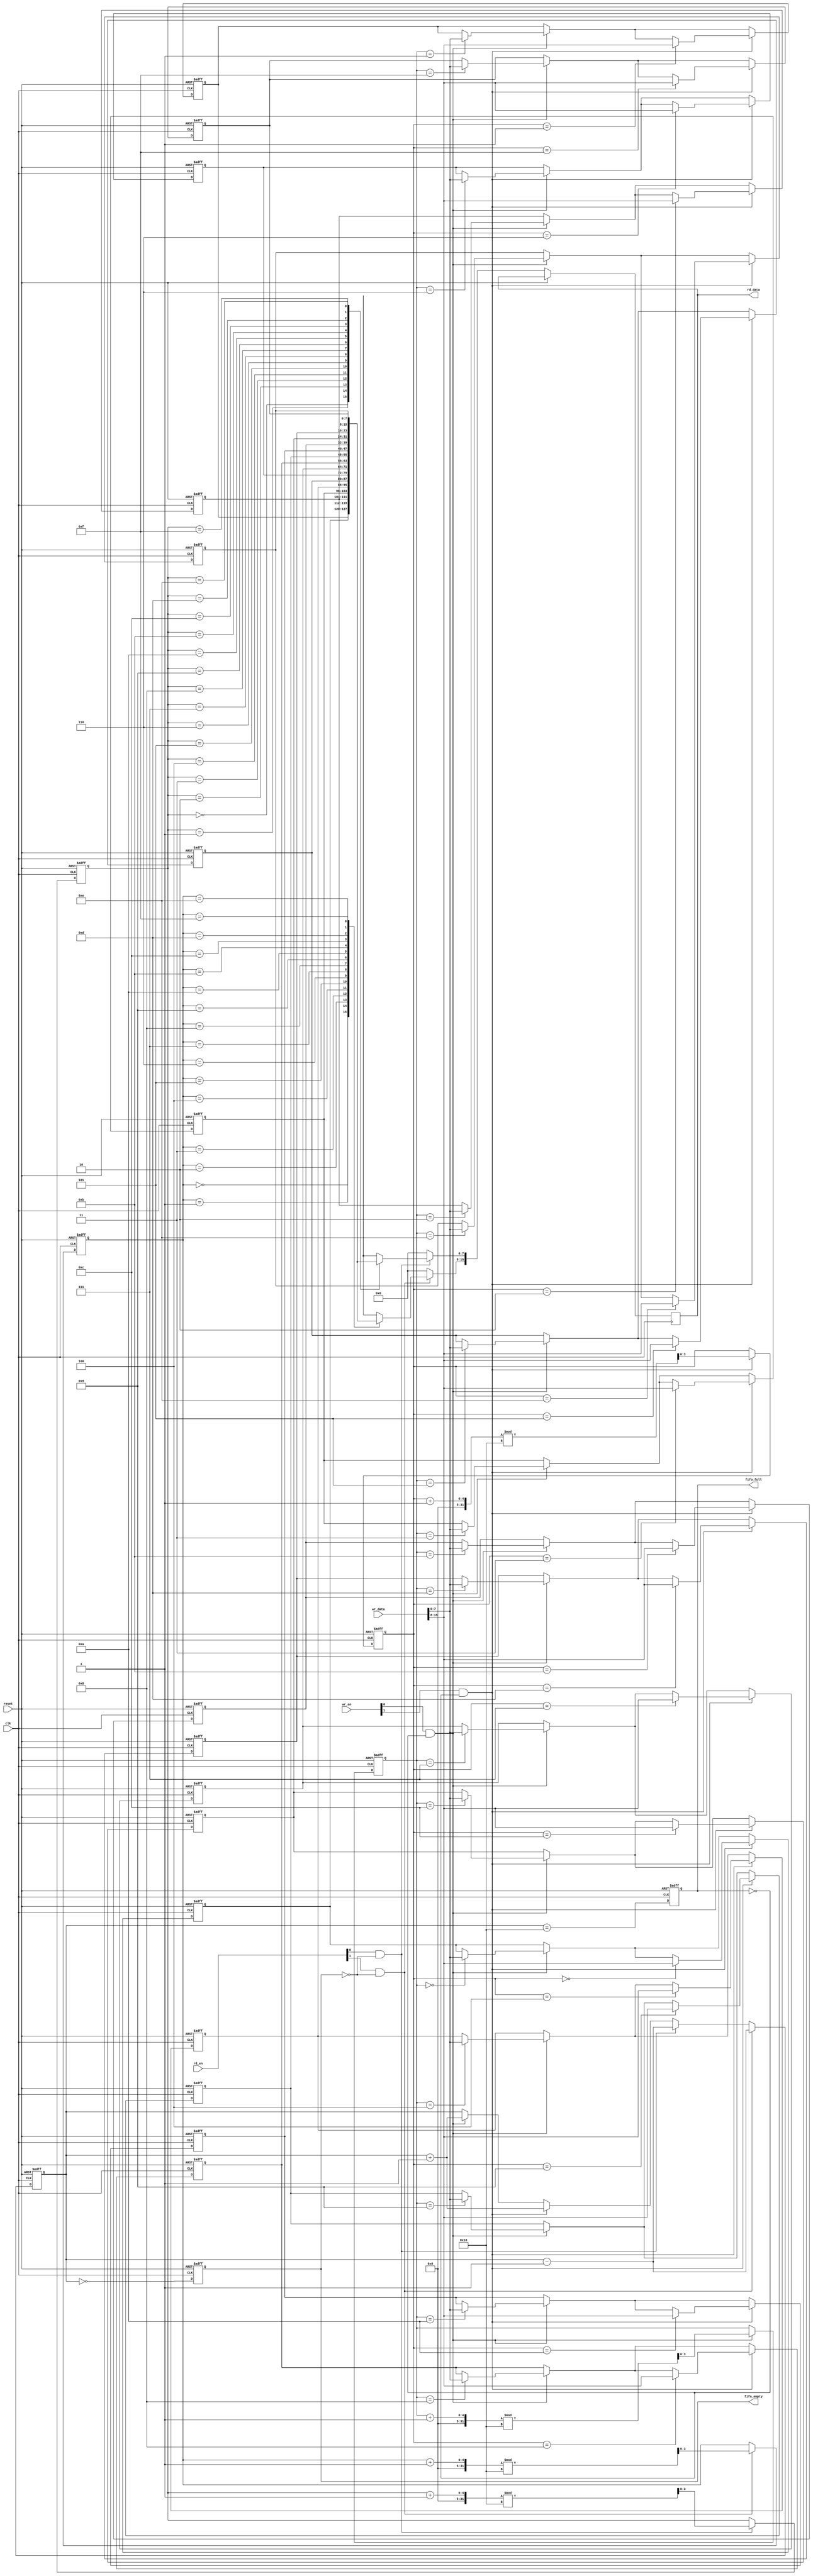
module multiport_fifo #(
    parameter DATA_WIDTH = 8,     // Width of each data entry in bits
    parameter FIFO_DEPTH = 16,     // Number of entries in the FIFO
    parameter N_READ_PORTS = 2,    // Number of read ports
    parameter M_WRITE_PORTS = 2     // Number of write ports
) (
    // Clock and reset
    input wire clk,
    input wire reset,

    // Write Ports
    input wire [M_WRITE_PORTS-1:0] wr_en,                 // Write enable for each port
    input wire [DATA_WIDTH*M_WRITE_PORTS-1:0] wr_data,    // Write data for each port

    // Read Ports
    input wire [N_READ_PORTS-1:0] rd_en,                   // Read enable for each port
    output reg [DATA_WIDTH*N_READ_PORTS-1:0] rd_data,      // Read data for each port

    // Status signals
    output reg fifo_full,                  // FIFO full flag
    output reg fifo_empty                   // FIFO empty flag
);

    // Memory array for FIFO
    reg [DATA_WIDTH-1:0] fifo_mem [0:FIFO_DEPTH-1];

    // Pointers for each write and read port
    reg [$clog2(FIFO_DEPTH)-1:0] wr_ptr [0:M_WRITE_PORTS-1];
    reg [$clog2(FIFO_DEPTH)-1:0] rd_ptr [0:N_READ_PORTS-1];

    reg [$clog2(FIFO_DEPTH+1)-1:0] num_entries;  // Number of entries in the FIFO

    integer i;

    // Asynchronous reset
    always @(posedge clk or posedge reset) begin
        if (reset) begin
            // Clear the FIFO memory
            for (i = 0; i < FIFO_DEPTH; i = i + 1) begin
                fifo_mem[i] <= 0;
            end
            
            // Reset pointers and flags
            for (i = 0; i < M_WRITE_PORTS; i = i + 1) wr_ptr[i] <= 0;
            for (i = 0; i < N_READ_PORTS; i = i + 1) rd_ptr[i] <= 0;
            num_entries <= 0;
            fifo_full <= 0;
            fifo_empty <= 1;
        end else begin
            // Update FIFO state for Write Ports
            for (i = 0; i < M_WRITE_PORTS; i = i + 1) begin
                if (wr_en[i] && !fifo_full) begin
                    fifo_mem[wr_ptr[i]] <= wr_data[i*DATA_WIDTH +: DATA_WIDTH];
                    wr_ptr[i] <= (wr_ptr[i] + 1) % FIFO_DEPTH;
                    num_entries <= num_entries + 1;
                end
            end

            // Update FIFO state for Read Ports
            for (i = 0; i < N_READ_PORTS; i = i + 1) begin
                rd_data[i*DATA_WIDTH +: DATA_WIDTH] <= 0;  // Default output
                if (rd_en[i] && !fifo_empty) begin
                    rd_data[i*DATA_WIDTH +: DATA_WIDTH] <= fifo_mem[rd_ptr[i]];
                    rd_ptr[i] <= (rd_ptr[i] + 1) % FIFO_DEPTH;
                    num_entries <= num_entries - 1;
                end
            end
            
            // Update full and empty flags
            fifo_full <= (num_entries == FIFO_DEPTH);
            fifo_empty <= (num_entries == 0);
        end
    end

endmodule